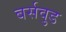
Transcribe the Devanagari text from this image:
बर्सवुड